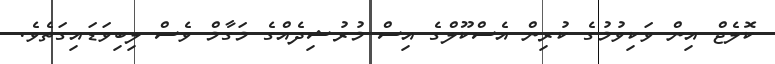
ކޮލެޖް އިން ވަކިވުމުގެ ކުރިން އެސްކޫލްގެ އިސް މުރުޝިދެއްގެ މަގާމް ވެސް ލިބިވަޑައިގަތެވެ.